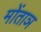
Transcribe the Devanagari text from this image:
मोंताञ